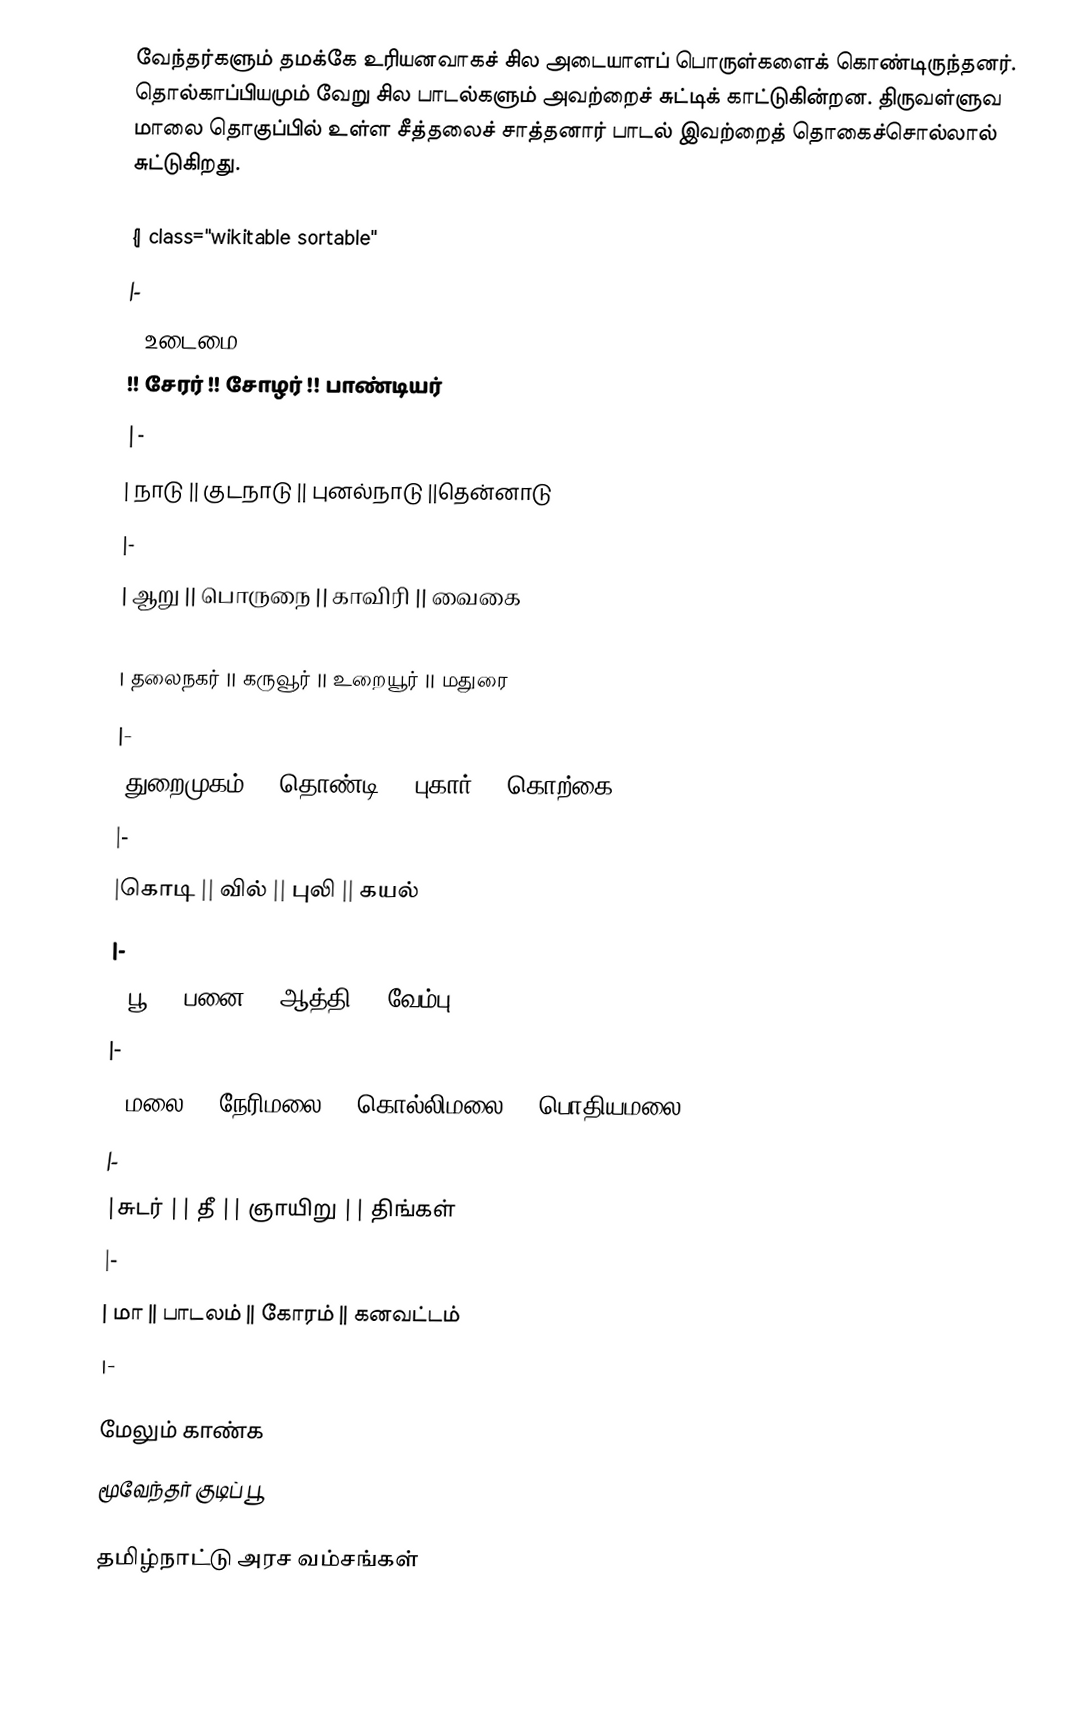
வேந்தர்களும் தமக்கே உரியனவாகச் சில அடையாளப் பொருள்களைக் கொண்டிருந்தனர். தொல்காப்பியமும் வேறு சில பாடல்களும் அவற்றைச் சுட்டிக் காட்டுகின்றன. திருவள்ளுவ மாலை தொகுப்பில் உள்ள சீத்தலைச் சாத்தனார் பாடல் இவற்றைத் தொகைச்சொல்லால் சுட்டுகிறது.

{| class="wikitable sortable"
|-
! உடைமை
 !! சேரர் !! சோழர்  !! பாண்டியர்
|-
| நாடு || குடநாடு  || புனல்நாடு  ||தென்னாடு
|-
| ஆறு  || பொருநை  || காவிரி  || வைகை
|-
| தலைநகர்  || கருவூர்  || உறையூர்  || மதுரை
|-
|துறைமுகம்  || தொண்டி  || புகார்  || கொற்கை
|-
|கொடி || வில்  || புலி  || கயல்
|-
| பூ  || பனை  || ஆத்தி  || வேம்பு
|-
| மலை  || நேரிமலை || கொல்லிமலை  || பொதியமலை
|-
|சுடர்  || தீ  || ஞாயிறு  || திங்கள்
|-
| மா  || பாடலம்  || கோரம் || கனவட்டம்
|-

மேலும் காண்க
மூவேந்தர் குடிப் பூ

தமிழ்நாட்டு அரச வம்சங்கள்